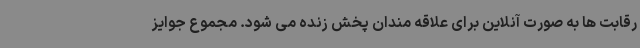
رقابت ها به صورت آنلاین برای علاقه مندان پخش زنده می شود. مجموع جوایز